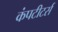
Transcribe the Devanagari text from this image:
कंपटीटर्स